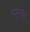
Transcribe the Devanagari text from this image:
एस्जा